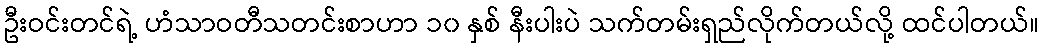
ဦးဝင်းတင်ရဲ့ ဟံသာဝတီသတင်းစာဟာ ၁၀ နှစ် နီးပါးပဲ သက်တမ်းရှည်လိုက်တယ်လို့ ထင်ပါတယ်။